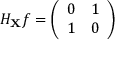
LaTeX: H _ { \mathbf { X } } f = { \left( \begin{array} { l l } { 0 } & { 1 } \\ { 1 } & { 0 } \end{array} \right) }